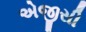
એજીસી